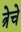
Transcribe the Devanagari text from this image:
त्रेचे